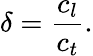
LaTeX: \delta=\frac{c_{l}}{c_{t}}.